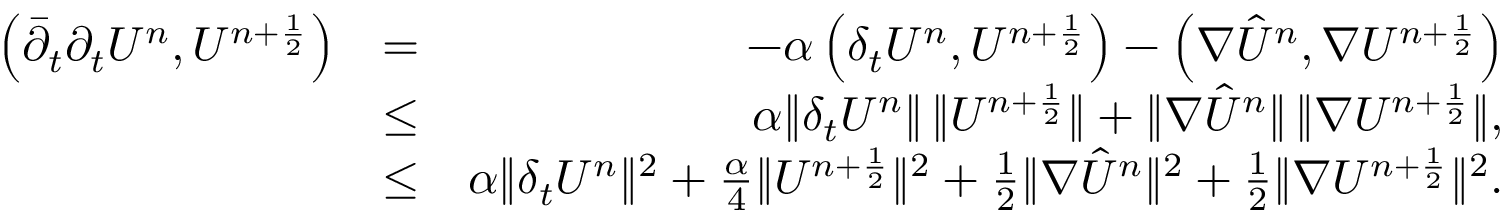
\begin{array} { r l r } { \left( { \bar { \partial } } _ { t } \partial _ { t } U ^ { n } , U ^ { n + \frac { 1 } { 2 } } \right) } & { = } & { - \alpha \left( \delta _ { t } U ^ { n } , U ^ { n + \frac { 1 } { 2 } } \right) - \left( \nabla { \hat { U } } ^ { n } , \nabla U ^ { n + \frac { 1 } { 2 } } \right) } \\ & { \leq } & { \alpha \| \delta _ { t } U ^ { n } \| \, \| U ^ { n + \frac { 1 } { 2 } } \| + \| \nabla { \hat { U } } ^ { n } \| \, \| \nabla U ^ { n + \frac { 1 } { 2 } } \| , } \\ & { \leq } & { \alpha \| \delta _ { t } U ^ { n } \| ^ { 2 } + \frac { \alpha } { 4 } \| U ^ { n + \frac { 1 } { 2 } } \| ^ { 2 } + \frac { 1 } { 2 } \| \nabla { \hat { U } } ^ { n } \| ^ { 2 } + \frac { 1 } { 2 } \| \nabla U ^ { n + \frac { 1 } { 2 } } \| ^ { 2 } . } \end{array}